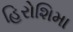
હિરોશિમા